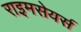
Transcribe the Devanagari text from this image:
राइमसेयर्स